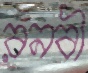
রনবী